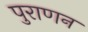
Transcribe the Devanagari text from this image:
पुराणन